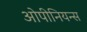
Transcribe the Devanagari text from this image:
ओपीनियन्स